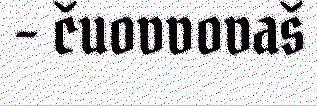
- čuovvovaš